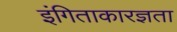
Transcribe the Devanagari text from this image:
इंगिताकारज्ञता